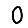
Digit: 0